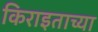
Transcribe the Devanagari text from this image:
किराइताच्या